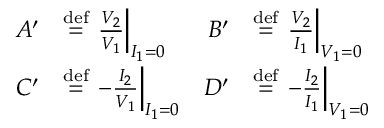
{ \begin{array} { r l r l } { A ^ { \prime } } & { \mathrel { \stackrel { \mathrm { d e f } } { = } } \left. { \frac { V _ { 2 } } { V _ { 1 } } } \right| _ { I _ { 1 } = 0 } } & { B ^ { \prime } } & { \mathrel { \stackrel { \mathrm { d e f } } { = } } \left. { \frac { V _ { 2 } } { I _ { 1 } } } \right| _ { V _ { 1 } = 0 } } \\ { C ^ { \prime } } & { \mathrel { \stackrel { \mathrm { d e f } } { = } } \left. - { \frac { I _ { 2 } } { V _ { 1 } } } \right| _ { I _ { 1 } = 0 } } & { D ^ { \prime } } & { \mathrel { \stackrel { \mathrm { d e f } } { = } } \left. - { \frac { I _ { 2 } } { I _ { 1 } } } \right| _ { V _ { 1 } = 0 } } \end{array} }